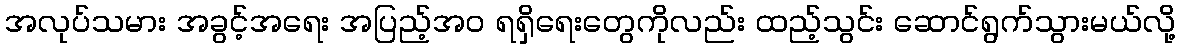
အလုပ်သမား အခွင့်အရေး အပြည့်အ၀ ရရှိရေးတွေကိုလည်း ထည့်သွင်း ဆောင်ရွက်သွားမယ်လို့